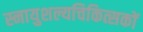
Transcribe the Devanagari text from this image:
स्नायुशल्यचिकित्सकों